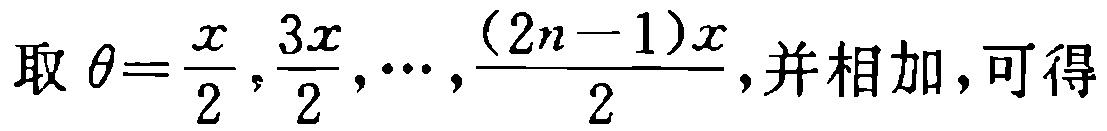
取 \(\theta=\frac{x}{2},\frac{3x}{2},\cdots,\frac{(2n - 1)x}{2}\),并相加,可得